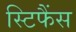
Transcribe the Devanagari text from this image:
स्टिफैंस